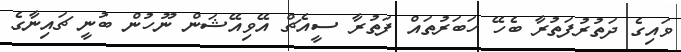
ވައިގެ ދަތުރުފަތުރާ ބެހޭ ހަބަރުތައް ފަތުރާ ސީއެޗް އޭވިއޭޝަން ނޫހުން ބުނީ ޗައިނާގެ